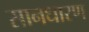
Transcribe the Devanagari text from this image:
सानधारण